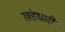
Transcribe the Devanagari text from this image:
खंडधारी